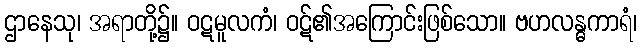
ဌာနေသု၊ အရာတို့၌။ ဝဋမူလကံ၊ ဝဋ်၏အကြောင်းဖြစ်သော။ ဗဟလန္ဓကာရံ၊